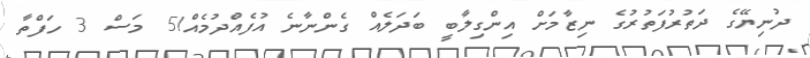
ދުނިޔޭގެ ދަތުރުފަތުރުގެ ނިޒާމަށް އިންގިލާބީ ބަދަލެއް ގެންނާނެ އުފެއްދުމެއް!5 މަސް 3 ހަފްތާ